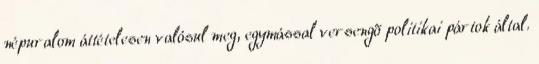
népuralom áttételesen valósul meg, egymással versengõ politikai pártok által.